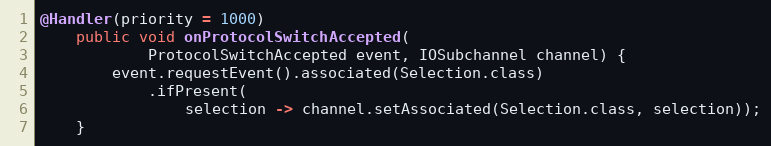
Language: Java
@Handler(priority = 1000)
    public void onProtocolSwitchAccepted(
            ProtocolSwitchAccepted event, IOSubchannel channel) {
        event.requestEvent().associated(Selection.class)
            .ifPresent(
                selection -> channel.setAssociated(Selection.class, selection));
    }